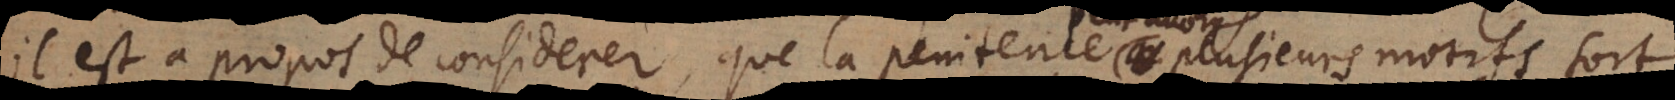
il est à propos de considerer, que la penitence peut avoir